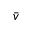
\bar { v }